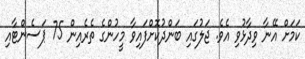
ކަމަށް އޭނާ ވިދާޅުވި އެވެ. ޖަލުގައި ބަންދުކޮށްފައިވާ މީހުންގެ ތެރެއިން 75 ޕަސެންޓާއި